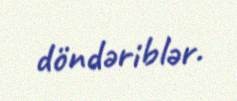
döndəriblər.